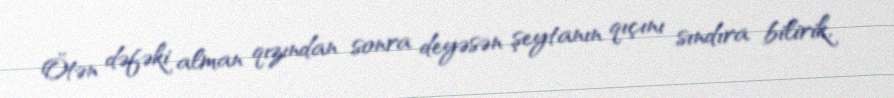
Ötən dəfəki alman qızından sonra deyəsən şeytanın qıçını sındıra bilirik,